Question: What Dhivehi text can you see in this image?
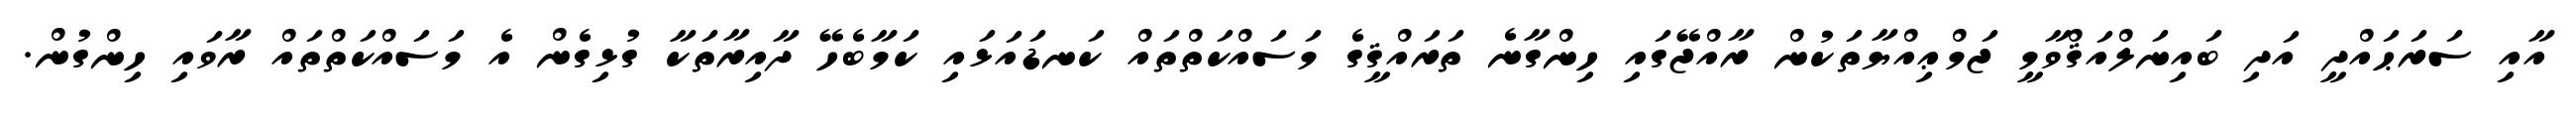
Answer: އާއި ސަރަޙައްދީ އަދި ބައިނަލްއަޤްވާމީ ޖަމްޢިއްޔާތަކުން ރާއްޖޭގައި ހިންގާނެ ތަރައްޤީގެ މަސައްކަތްތައް ކަނޑައަޅައި ކަމާބެހޭ ދާއިރާތަކާ ގުޅިގެން އެ މަސައްކަތްތައް ރާވައި ހިންގުން.